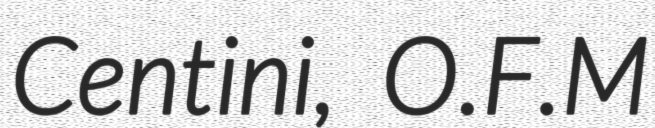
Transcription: Centini, O.F.M